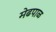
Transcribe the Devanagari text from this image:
मेढपाळ